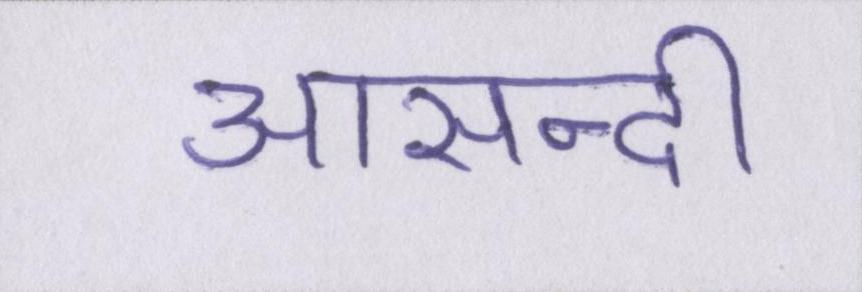
आसन्दी